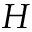
H